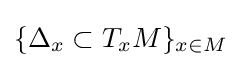
\{\Delta _{x}\subset T_{x}M\}_{x\in M}